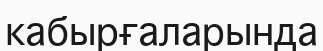
кабырғаларында